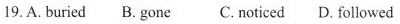
19. A. buried B. gone C. noticed D. followed